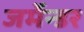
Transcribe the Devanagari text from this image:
जर्मेन्डर